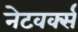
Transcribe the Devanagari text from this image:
नेटवर्क्‍स